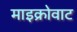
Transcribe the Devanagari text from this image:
माइक्रोवाट